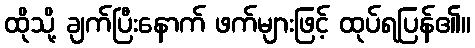
ထိုသို့ ချက်ပြီးနောက် ဖက်များဖြင့် ထုပ်ရပြန်၏။